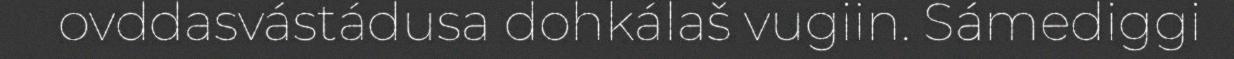
ovddasvástádusa dohkálaš vugiin. Sámediggi